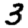
Digit: 3